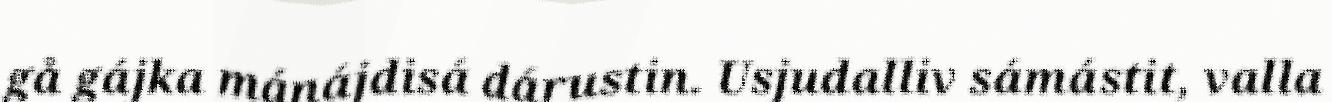
gå gájka mánájdisá dárustin. Usjudalliv sámástit, valla